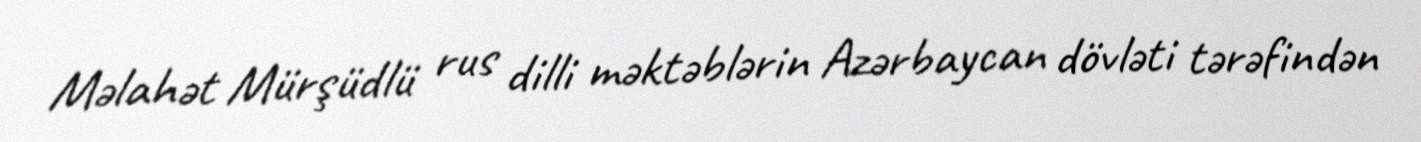
Məlahət Mürşüdlü rus dilli məktəblərin Azərbaycan dövləti tərəfindən